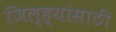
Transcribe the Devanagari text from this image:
जिल्ह्यांसाठी